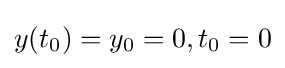
y(t_{0})=y_{0}=0,t_{0}=0